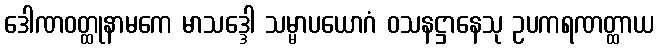
ဒေါဏဝတ္ထုနာမကေ မာသဒ္ဒေါ သမ္မာပယောဂံ ဝသနဋ္ဌာနေသု ဥပကရဏတ္ထာယ